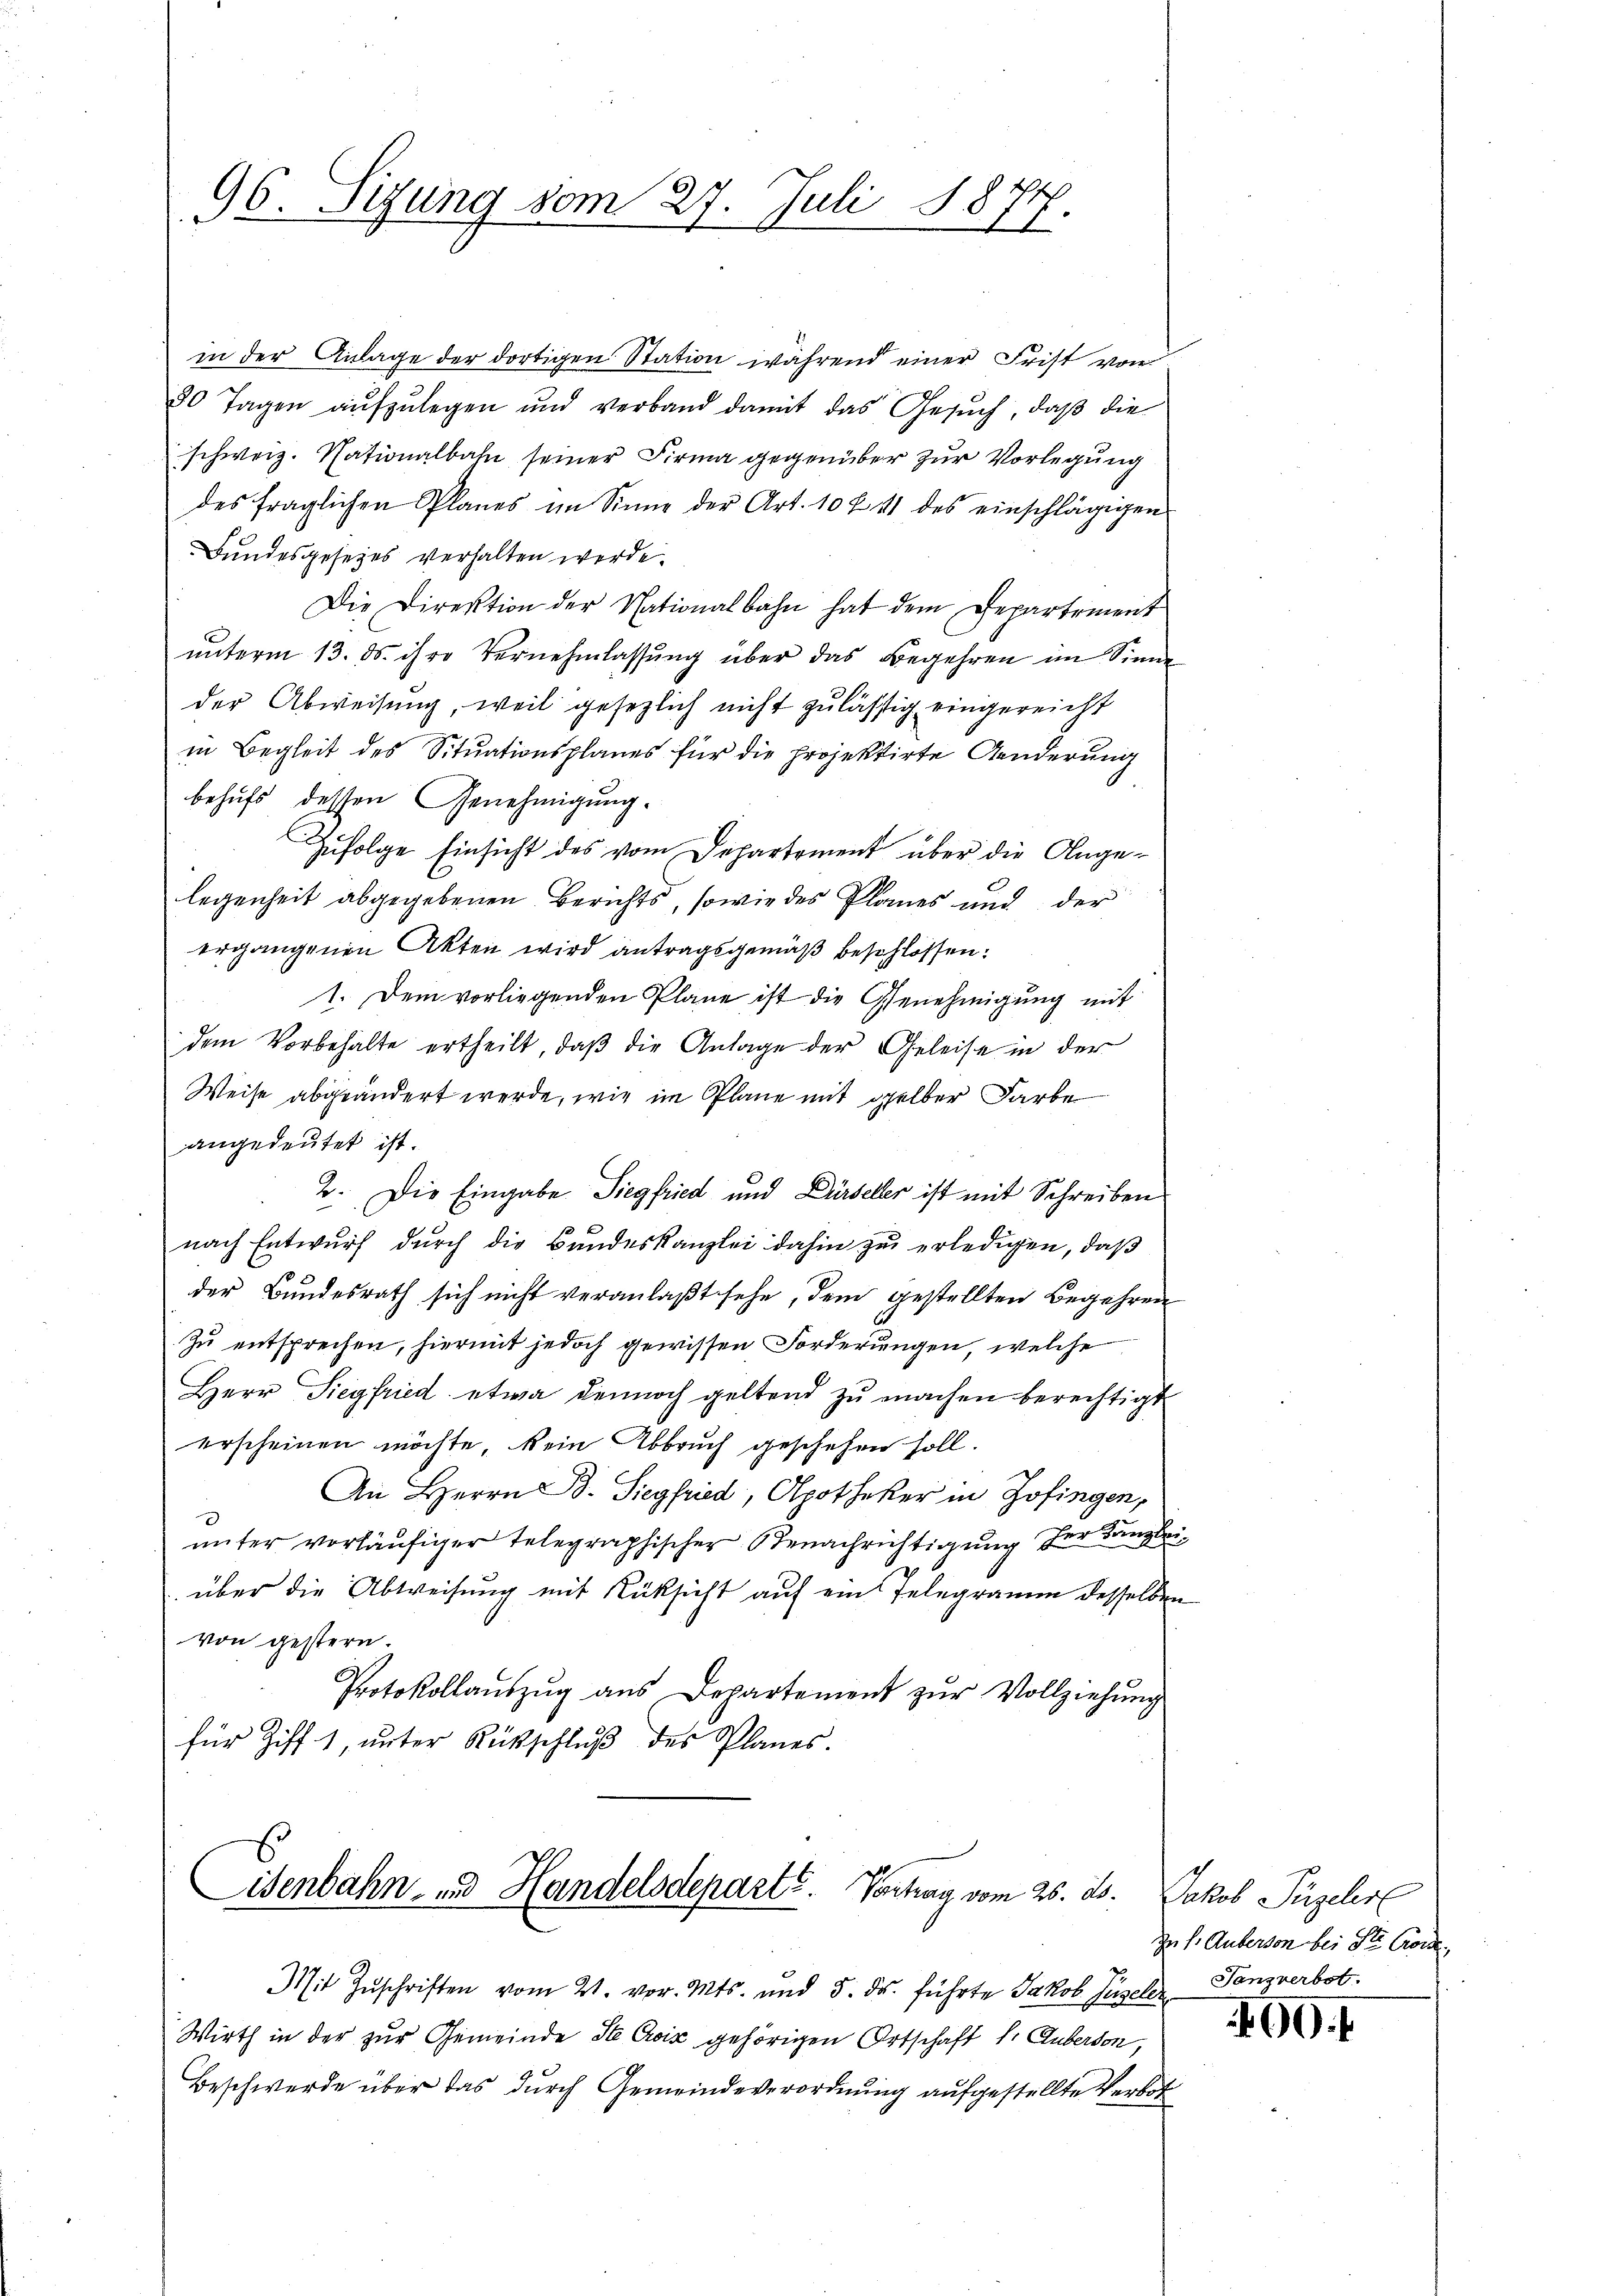
96. Sizung vom 27. Juli 187
s

1

in der Anlage der dortigen Station während einer Frist von
80 Tagen aufzulegen und verband damit das Gesuch, daß die
schweiz. Nationalbahn seiner Firma gegenüber zur Vorlegung
des fraglichen Planes im Sinne der Art. 10 f 41 des einschlägigen
Bundesgesezes verhalten werde.
Die Direktion der Nationalbahn hat dem Departement
ŭnterm 13. ds. ihre Vernehmlassung über das Begehren im Sinne
der Abweisung, weil gesezlich nicht zulässig eingereicht
in Begleit des Situationsplanes für die projektirte Aenderung
behufs dessen Genehmigung.
Zufolge Einsicht des vom Departement über die Angelegenheit abgegebenen Berichts, sowie des Planes und der
ergangenen Akten wird antragsgemäß beschlossen:
1. Dem vorliegenden Plane ist die Genehmigung mit
dem Vorbehalte ertheilt, daß die Anlage der Geleise in der
Weise abgeändert werde, wie im Plane mit gelber Farbe
angedeutet ist.
2. Die Eingabe Siegfried und Dürselber ist mit Schreiben
nach Entwurf durch die Bandeskanzlei dahin zu erledigen, daß
der Bundesrath sich nicht veranlaßt sehe, dem gestellten Begehren
Zu entsprechen, hiermit jedoch gewissen Forderungen, welche
Herr Siegfried etwa dennoch geltend zu machen berechtigt
erscheinen möchte, kein Abbruch geschehen soll.
An Herrn B. Siegfried, Apotheker in Zofingen,
unter vorläufiger telegraphischer Benachrichtigung der Kanzleiüber die Abweisung mit Rücksicht auf ein Telegramm desselben
von gestern.
Protokollaŭszŭg aŭs Departement zŭr Vollziehŭng
für Ziff. 1, ŭnter Rückschlŭβ des Planes.

isenbahn- und Handelsdeparte. Vortrag vom 26. ds.

Mit Zŭschriften vom 21. vor. Mts. und 5. ds. führte Jakob Gugeler Tanzverbot.
Wirth in der zur Gemeinde Ste Croix gehörigen Ortschaft 1. Auberson,
Beschwerde über das durch Gemeindeverordnung aufgestellte Verbot

Jakob Püzeler
Du s. Auberson bei St. Go

400. f